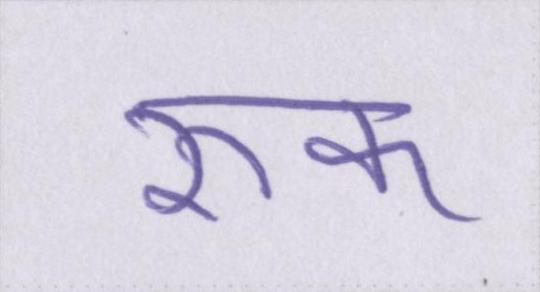
रुक